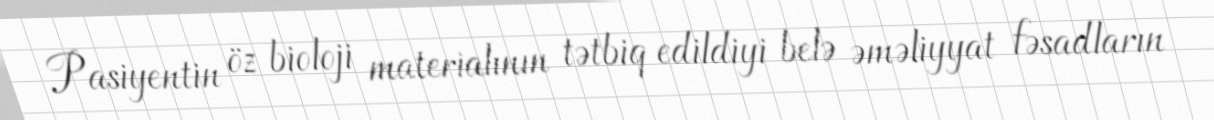
Pasiyentin öz bioloji materialının tətbiq edildiyi belə əməliyyat fəsadların